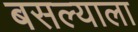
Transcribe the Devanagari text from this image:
बसल्याला